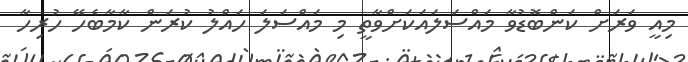
މިއީ ވަރަށް ކަންބޮޑުވާ މައްސަލައަކަށްވާތީ މި މައްސަލަ ހައްލު ކުރަން ކާމާބެހޭ ހުރިހާ